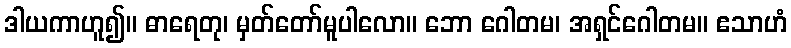
ဒါယကာဟူ၍။ ဓာရေတု၊ မှတ်တော်မူပါလော။ ဘော ဂေါတမ၊ အရှင်ဂေါတမ။ ဧသာဟံ